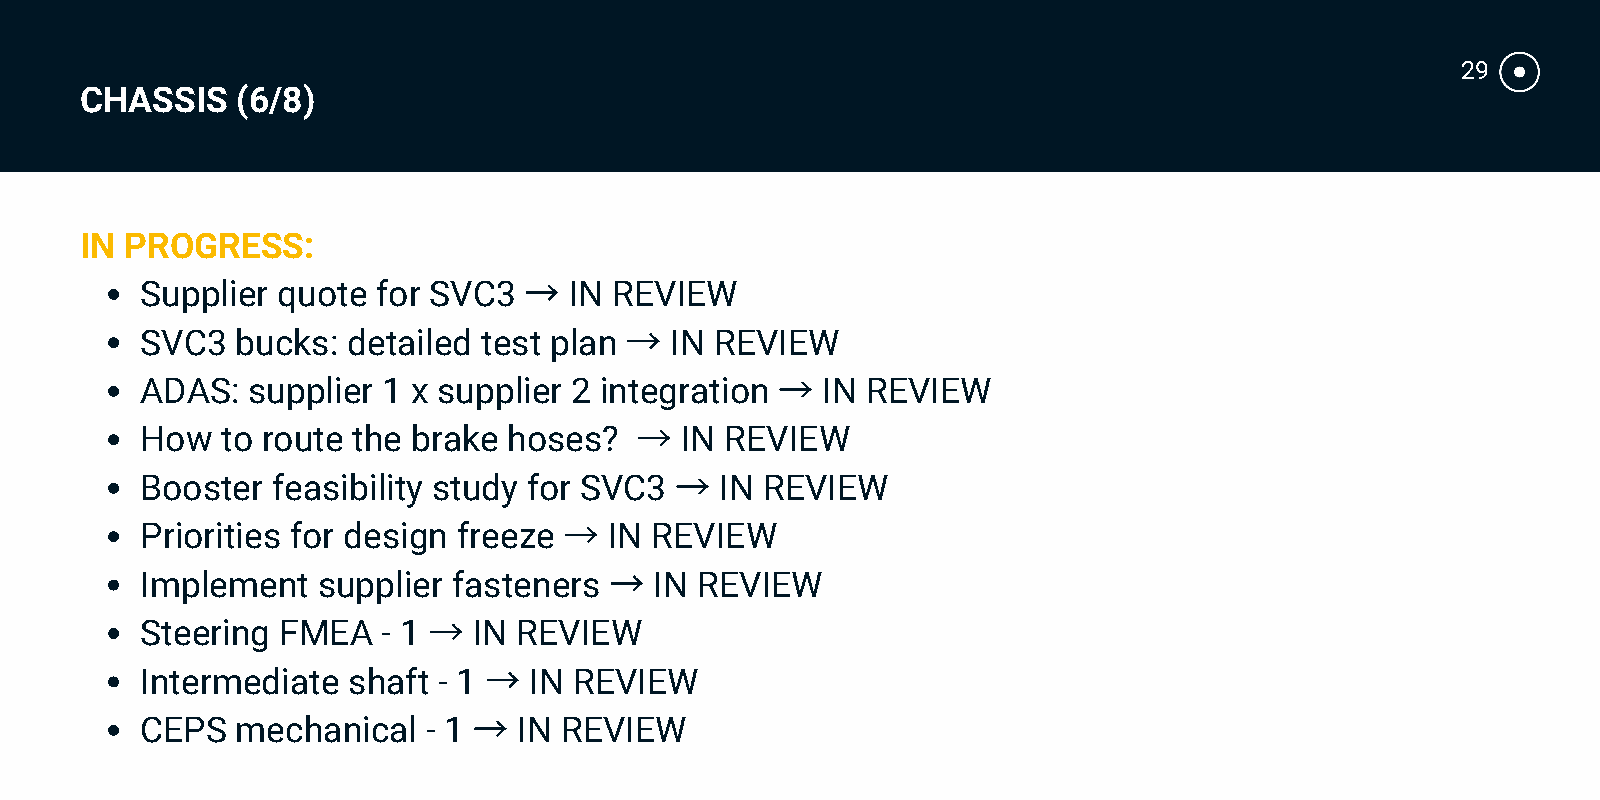
29
 CHASSIS    (6/8)
 IN PROGRESS:
 →
 Supplier quote  for SVC3     IN REVIEW
 →
 SVC3   bucks: detailed test plan   IN REVIEW
 →
 ADAS:  supplier 1 x supplier 2 integration   IN REVIEW
 →
 How   to route the brake hoses?     IN REVIEW
 →
 Booster  feasibility study for SVC3    IN REVIEW
 →
 Priorities for design freeze   IN REVIEW
 →
 Implement   supplier fasteners    IN REVIEW
 →
 Steering FMEA   - 1   IN REVIEW
 →
 Intermediate  shaft - 1   IN REVIEW
 →
 CEPS   mechanical  - 1   IN REVIEW